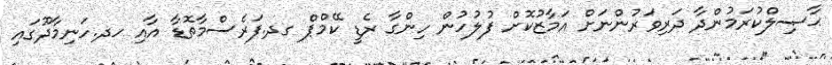
ޙާޞިލްކުރަމުންދާ ދަރިވަރުންނަށް އަމާޒުކޮށް ފުލުހުން ހިންގާ ރެޑީ ކޭމްޕް ގދ.ފަރެސްމާތޮޑާ އާއި ހދ.ހަނިމާދޫގައި